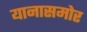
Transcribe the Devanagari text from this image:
यानासमोर